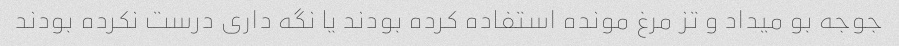
جوجه بو میداد و تز مرغ مونده استفاده کرده بودند یا نگه داری درست نکرده بودند